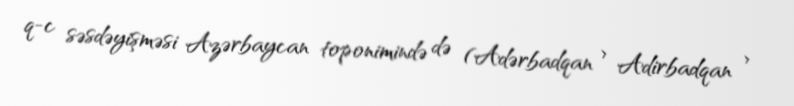
q-c səsdəyişməsi Azərbaycan toponimində də (Adərbadqan > Adirbadqan >